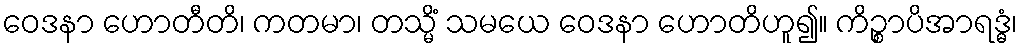
ဝေဒနာ ဟောတီတိ၊ ကတမာ၊ တသ္မိံ သမယေ ဝေဒနာ ဟောတိဟူ၍။ ကိဉ္စာပိအာရဒ္ဓံ၊